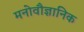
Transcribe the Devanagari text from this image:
मनोवौज्ञानिक